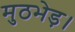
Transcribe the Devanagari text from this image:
मुठभेड़।